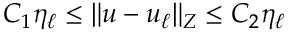
C _ { 1 } \eta _ { \ell } \leq \| u - u _ { \ell } \| _ { Z } \leq C _ { 2 } \eta _ { \ell }